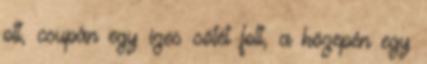
ott, csupán egy ízes sötét folt, a közepén egy